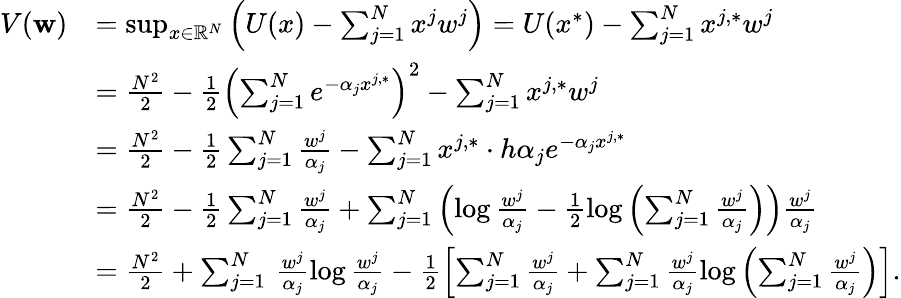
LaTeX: \begin{array}{rl}{V(\mathbf{w})}&{=\operatorname*{sup}_{x\in\mathbb{R}^{N}}\left(U(x)-\sum_{j=1}^{N}x^{j}w^{j}\right)=U(x^{*})-\sum_{j=1}^{N}x^{j,*}w^{j}}\\ &{=\frac{N^{2}}{2}-\frac{1}{2}\left(\sum_{j=1}^{N}e^{-\alpha_{j}x^{j,*}}\right)^{2}-\sum_{j=1}^{N}x^{j,*}w^{j}}\\ &{=\frac{N^{2}}{2}-\frac{1}{2}\sum_{j=1}^{N}\frac{w^{j}}{\alpha_{j}}-\sum_{j=1}^{N}x^{j,*}\cdot h\alpha_{j}e^{-\alpha_{j}x^{j,*}}}\\ &{=\frac{N^{2}}{2}-\frac{1}{2}\sum_{j=1}^{N}\frac{w^{j}}{\alpha_{j}}+\sum_{j=1}^{N}\left(\log\frac{w^{j}}{\alpha_{j}}-\frac{1}{2}\log\left(\sum_{j=1}^{N}\frac{w^{j}}{\alpha_{j}}\right)\right)\frac{w^{j}}{\alpha_{j}}}\\ &{=\frac{N^{2}}{2}+\sum_{j=1}^{N}\, \frac{w^{j}}{\alpha_{j}}\log\frac{w^{j}}{\alpha_{j}}-\frac{1}{2}\left[\sum_{j=1}^{N}\frac{w^{j}}{\alpha_{j}}+\sum_{j=1}^{N}\frac{w^{j}}{\alpha_{j}}\log\left(\sum_{j=1}^{N}\frac{w^{j}}{\alpha_{j}}\right)\right].}\end{array}